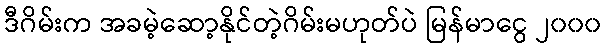
ဒီဂိမ်းက အခမဲ့ဆော့နိုင်တဲ့ဂိမ်းမဟုတ်ပဲ မြန်မာငွေ ၂၀၀၀